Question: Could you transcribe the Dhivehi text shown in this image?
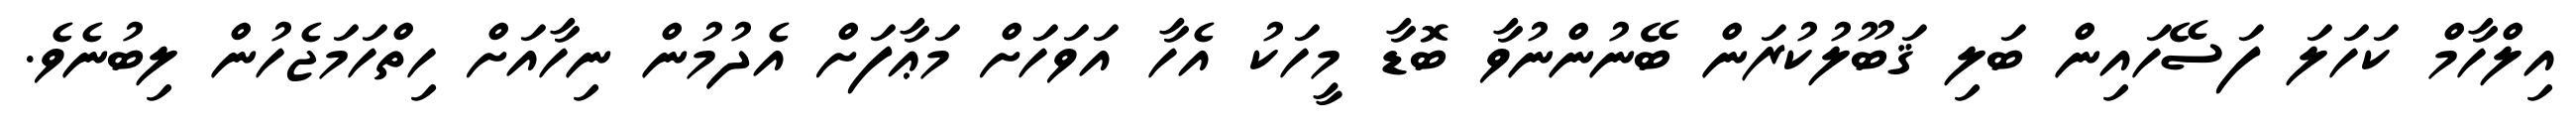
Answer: އިލްހާމް ކަހަލަ ފަސޭހައިން ބަލި ޤަބޫލުކުރަން ބޭނުންނުވާ ބޮޑާ މީހަކު އެހާ އަވަހަށް މަޢާފަށް އެދުމުން ނިހާއަށް ހިތްހަމަޖެހުން ލިބުނެވެ.